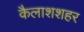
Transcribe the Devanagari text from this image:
कैलाशशहर